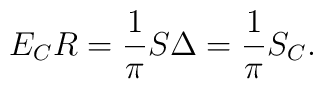
E_CR = \frac{1}{\pi}S\Delta = \frac{1}{\pi}S_C.